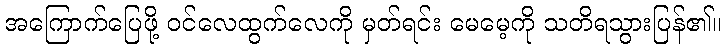
အကြောက်ပြေဖို့ ဝင်လေထွက်လေကို မှတ်ရင်း မေမေ့ကို သတိရသွားပြန်၏။